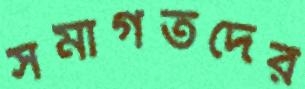
সমাগতদের